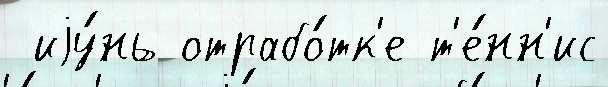
 иjу́нь отрабо́тк'е т'е́нн'ис